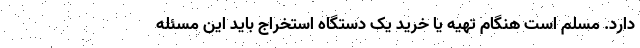
دارد. مسلم است هنگام تهیه یا خرید یک دستگاه استخراج باید این مسئله